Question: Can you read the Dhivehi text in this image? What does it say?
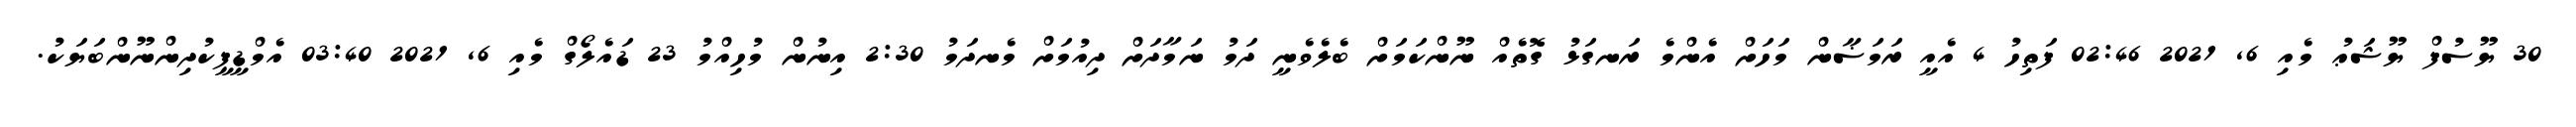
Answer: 30 ޔޫސުފް ޔޫޝަޢު މެއި 6, 2021 02:46 ފަތިހު 4 އެއީ ރަމަޟާން މަހަށް އެންމެ ރަނގަޅު ގޮތެއް ނޫންކަމަށް ބެލެވެނީ ދަމު ނަމާދަށް ދިއުމަށް މެނދަމު 2:30 އިނުން މުހިއްމު 23 ޑައެލޯގް މެއި 6, 2021 03:40 އެމްޑީޕީކުދިންނޫންބަޔަކު.